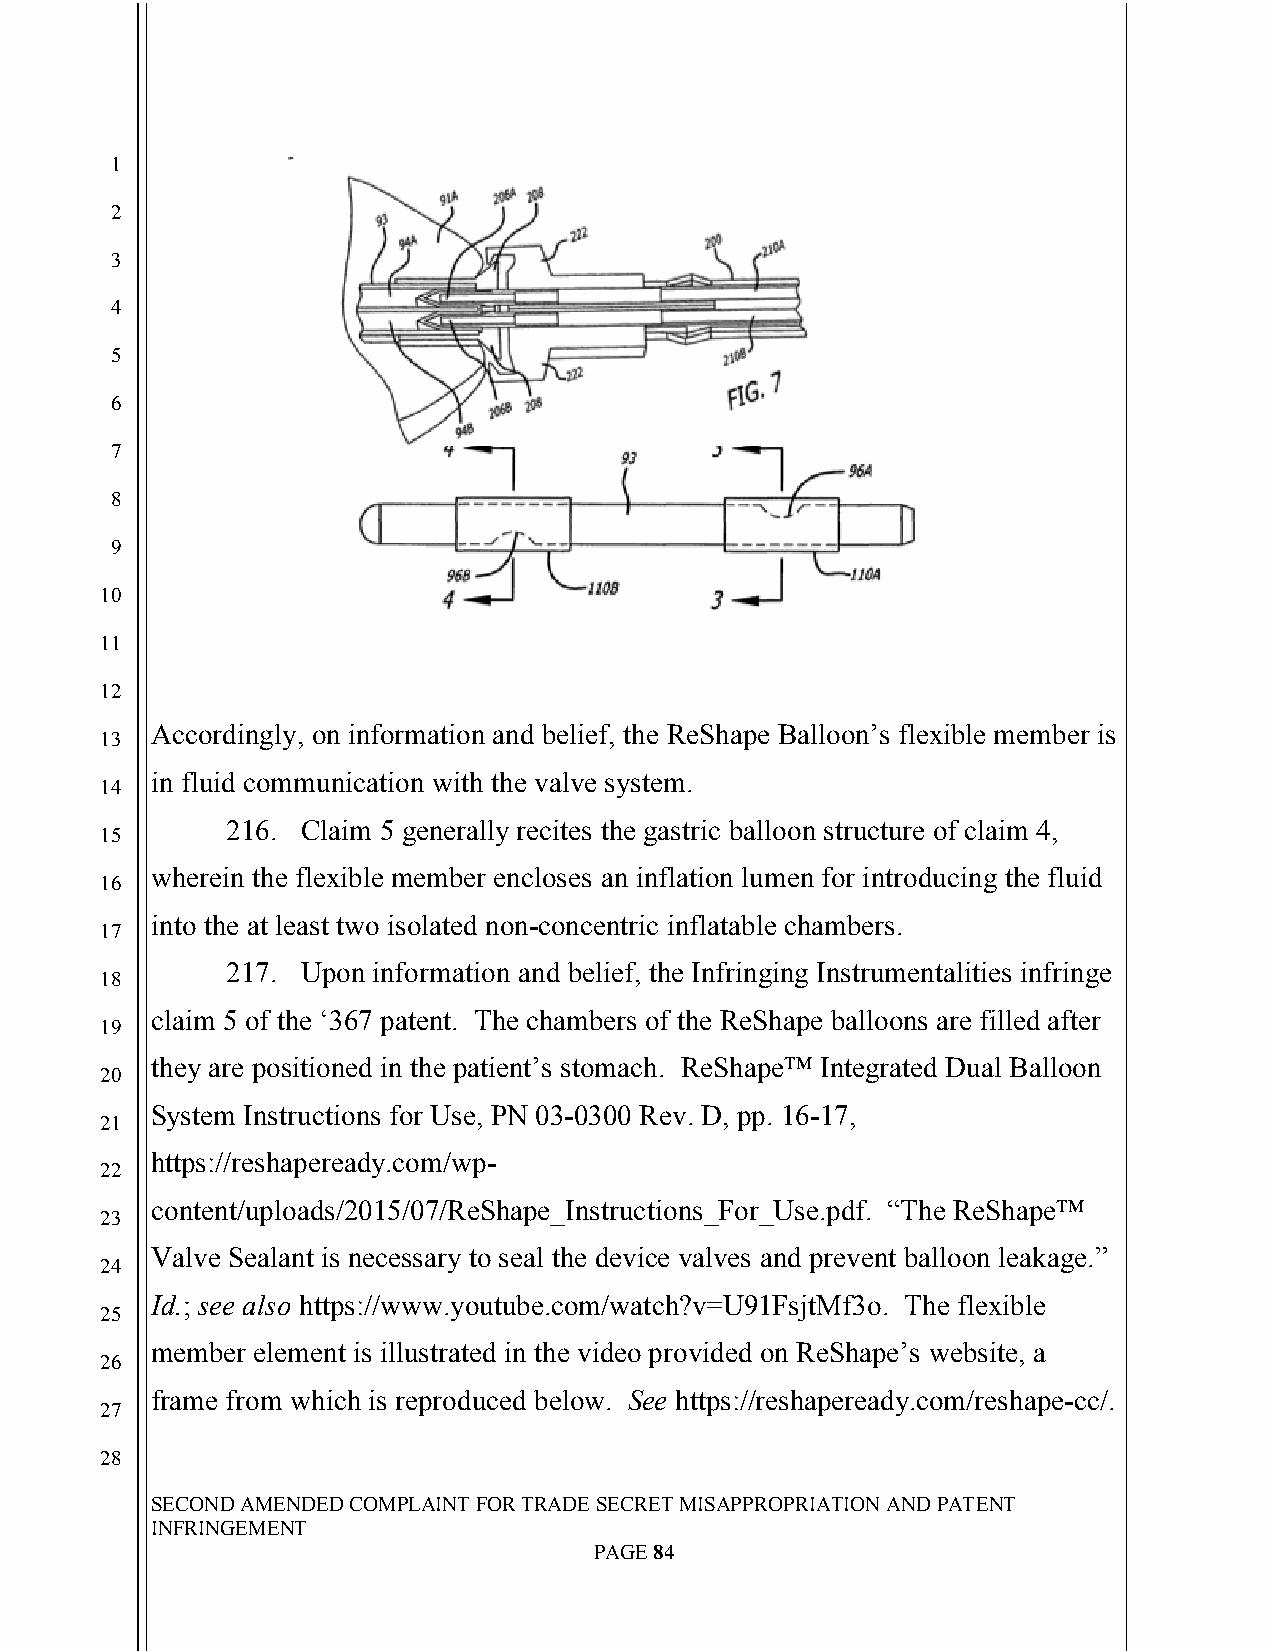
`
 1
 2
 3
 4
 5
 6
 7
 8
 9
 10
 11
 12
 Accordingly, on information and belief, the ReShape Balloon’s flexible member is
 13
 in fluid communication with the valve system.
 14
 216. Claim 5 generally recites the gastric balloon structure of claim 4,
 15
 wherein the flexible member encloses an inflation lumen for introducing the fluid
 16
 into the at least two isolated non-concentric inflatable chambers.
 17
 217. Upon information and belief, the Infringing Instrumentalities infringe
 18
 claim 5 of the ‘367 patent. The chambers of the ReShape balloons are filled after
 19
 they are positioned in the patient’s stomach. ReShape™ Integrated Dual Balloon
 20
 System Instructions for Use, PN 03-0300 Rev. D, pp. 16-17,
 21
 https://reshapeready.com/wp-
 22
 content/uploads/2015/07/ReShape_Instructions_For_Use.pdf. “The ReShape™
 23
 Valve Sealant is necessary to seal the device valves and prevent balloon leakage.”
 24
 Id.; see also https://www.youtube.com/watch?v=U91FsjtMf3o. The flexible
 25
 member element is illustrated in the video provided on ReShape’s website, a
 26
 frame from which is reproduced below. See https://reshapeready.com/reshape-cc/.
 27
 28
 SECOND AMENDED COMPLAINT FOR TRADE SECRET MISAPPROPRIATION AND PATENT
 INFRINGEMENT
 PAGE 84